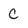
Character: c